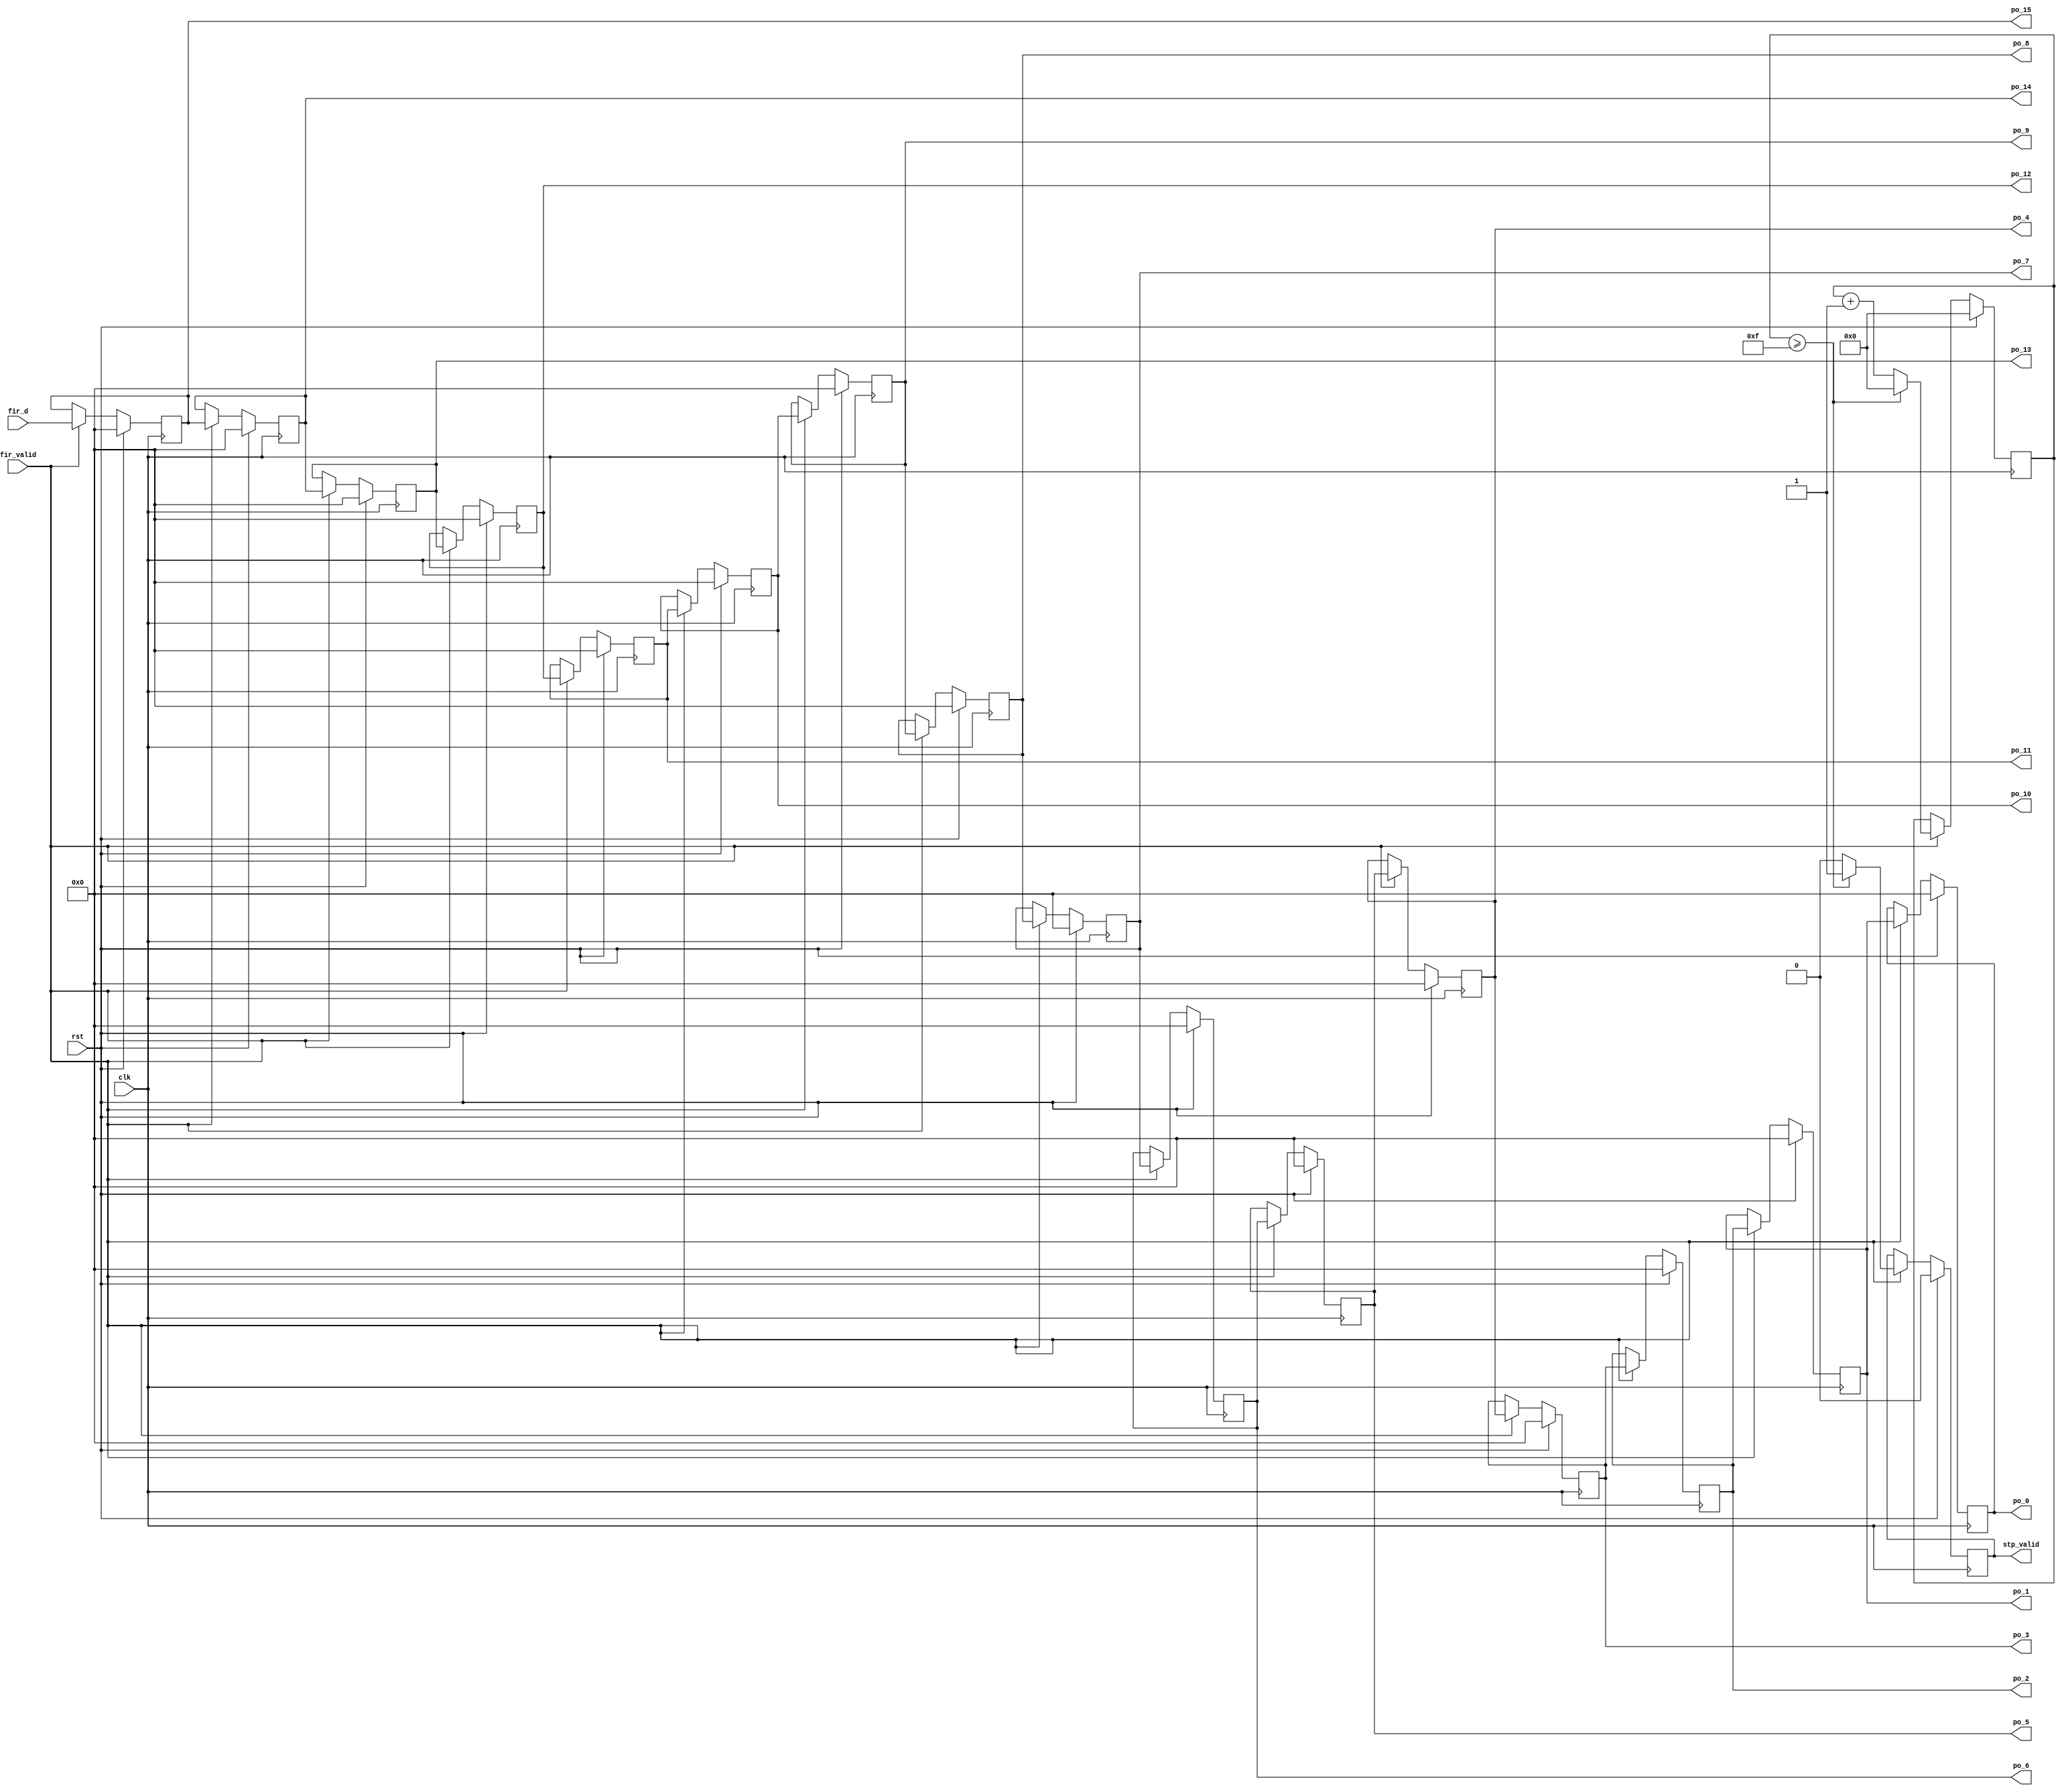
module SIPO (clk, rst, fir_valid, fir_d, stp_valid,
po_0, po_1, po_2, po_3, po_4, po_5, po_6, po_7, 
po_8, po_9, po_10, po_11, po_12, po_13, po_14, po_15);

input clk, rst;
input fir_valid;
input signed [15:0] fir_d;
output reg stp_valid;
output  signed [15:0] po_0, po_1, po_2, po_3, po_4, po_5, po_6, po_7, 
                    po_8, po_9, po_10, po_11, po_12, po_13, po_14, po_15;
                    
reg [5:0] sipo_cnt;
reg [15:0] DFF[15:0];


assign po_0 = DFF[0];
assign po_1 = DFF[1];
assign po_2 = DFF[2];
assign po_3 = DFF[3];
assign po_4 = DFF[4];
assign po_5 = DFF[5];
assign po_6 = DFF[6];
assign po_7 = DFF[7];
assign po_8 = DFF[8];
assign po_9 = DFF[9];
assign po_10 = DFF[10];
assign po_11 = DFF[11];
assign po_12 = DFF[12];
assign po_13 = DFF[13];
assign po_14 = DFF[14];
assign po_15 = DFF[15];

always @ (posedge clk) begin 
    if(rst) begin 
        sipo_cnt <= 0;
    end else begin 
        if(fir_valid) begin 
            if(sipo_cnt >= 15) begin 
                sipo_cnt <= 0;
            end else begin 
                sipo_cnt <= sipo_cnt + 1; 
            end
        end
    end
end

always @ (posedge clk) begin 
    if(rst) begin 
        stp_valid <= 0;
    end else begin 
        if(fir_valid) begin 
            if(sipo_cnt >= 15) begin 
                stp_valid <= 1;
            end else begin 
                stp_valid <= 0;
            end
        end
    end
end


always @ (posedge clk) begin 
    if(rst) begin 
        DFF[0] <= 0;
        DFF[1] <= 0;
        DFF[2] <= 0;
        DFF[3] <= 0;
        DFF[4] <= 0;
        DFF[5] <= 0;
        DFF[6] <= 0;
        DFF[7] <= 0;
        DFF[8] <= 0;
        DFF[9] <= 0;
        DFF[10] <= 0;
        DFF[11] <= 0;
        DFF[12] <= 0;
        DFF[13] <= 0;
        DFF[14] <= 0;
        DFF[15] <= 0;
    end else begin 
        if(fir_valid) begin 
            DFF[15] <= fir_d;
            DFF[14] <= DFF[15];
            DFF[13] <= DFF[14];
            DFF[12] <= DFF[13];
            DFF[11] <= DFF[12];
            DFF[10] <= DFF[11];
            DFF[9] <= DFF[10];
            DFF[8] <= DFF[9];
            DFF[7] <= DFF[8];
            DFF[6] <= DFF[7];
            DFF[5] <= DFF[6];
            DFF[4] <= DFF[5];
            DFF[3] <= DFF[4];
            DFF[2] <= DFF[3];
            DFF[1] <= DFF[2];
            DFF[0] <= DFF[1];
        end
    end
end


endmodule